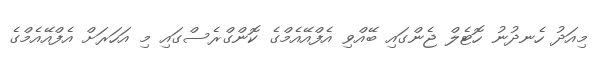
މިއަދު ހެނދުނު ހޮޓެލް ޖެންގައި ބޭއްވި އެފްއޭއެމްގެ ކޮންގްރެސްގައި މި އަހަރަށް އެފްއޭއެމްގެ